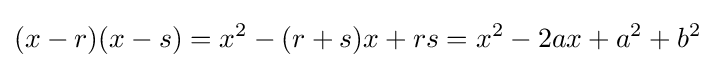
(x-r)(x-s)=x^{2}-(r+s)x+rs=x^{2}-2ax+a^{2}+b^{2}